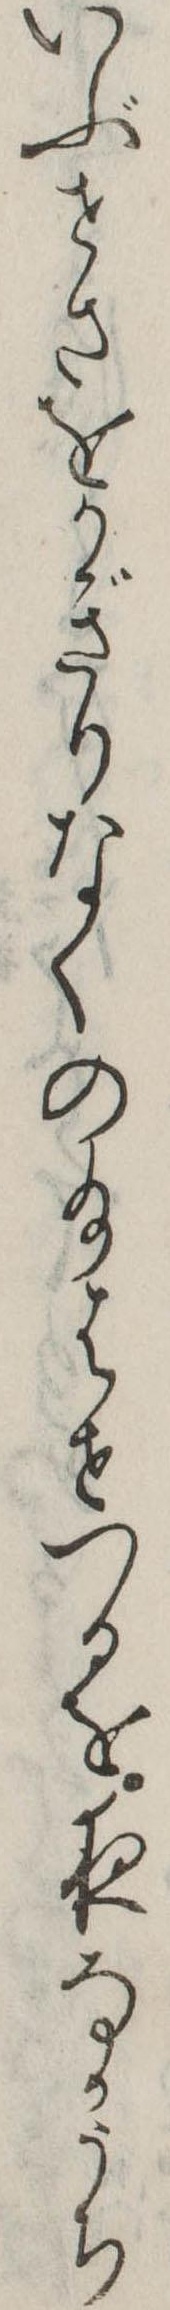
いぶせさをかぎりなくの給はせつるを夜なかうち